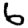
Digit: 6